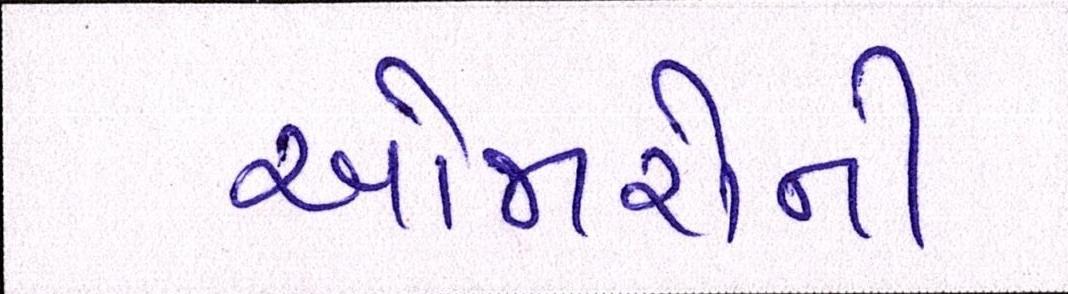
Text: ઓજારોની